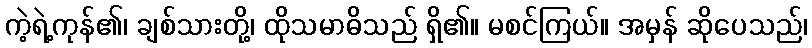
ကဲ့ရဲ့ကုန်၏၊ ချစ်သားတို့၊ ထိုသမာဓိသည် ရှိ၏။ မစင်ကြယ်။ အမှန် ဆိုပေသည်၊